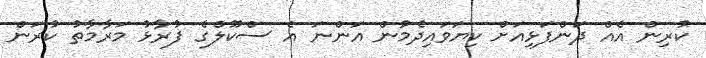
ކުރިން އެއް ދަންފަޅިއަށް ކިޔަވައިދެމުން އަންނަ އެ ސްކޫލްގެ ފުރާޅު މަރާމާތު ކުރަން